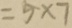
= 5 \times 7